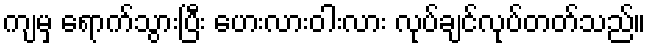
ကျမှ ရောက်သွားပြီး ဟေးလားဝါးလား လုပ်ချင်လုပ်တတ်သည်။